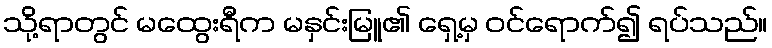
သို့ရာတွင် မထွေးရီက မနှင်းမြူ၏ ရှေ့မှ ဝင်ရောက်၍ ရပ်သည်။